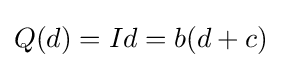
Q(d)=Id=b(d+c)